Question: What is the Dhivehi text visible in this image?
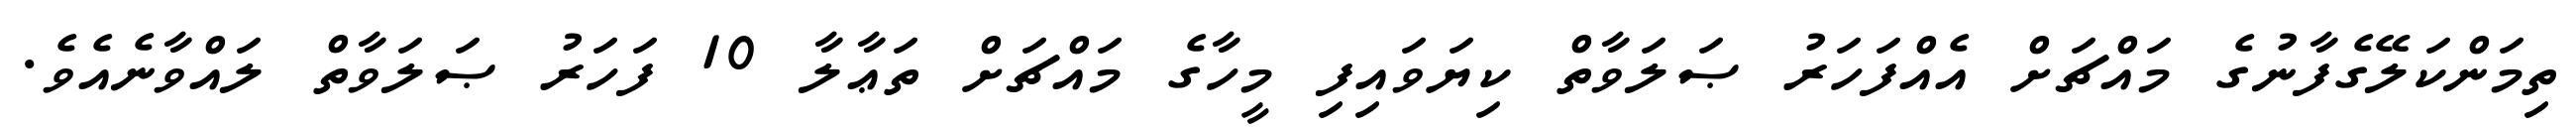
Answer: ތިމަންކަލޭގެފާނުގެ މައްޗަށް އެއްފަހަރު ޞަލަވާތް ކިޔަވައިފި މީހާގެ މައްޗަށް ތަޢާލާ 10 ފަހަރު ޞަލަވާތް ލައްވާނެއެވެ.